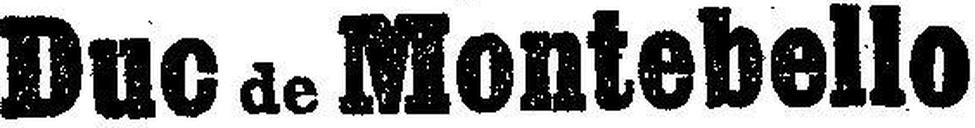
Duc de Montebello